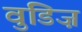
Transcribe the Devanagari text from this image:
वुडिज़